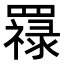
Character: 𦌟